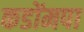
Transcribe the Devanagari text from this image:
कडोंमपा